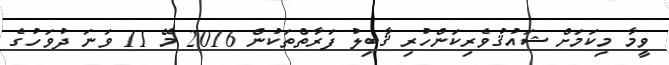
ވީމާ މިކަމަށް ޝައުޤުވެރިކަންހުރި ޤާބިލު ފަރާތްތަކުން 2016 މޭ 11 ވަނަ ދުވަހުގެ